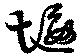
堰